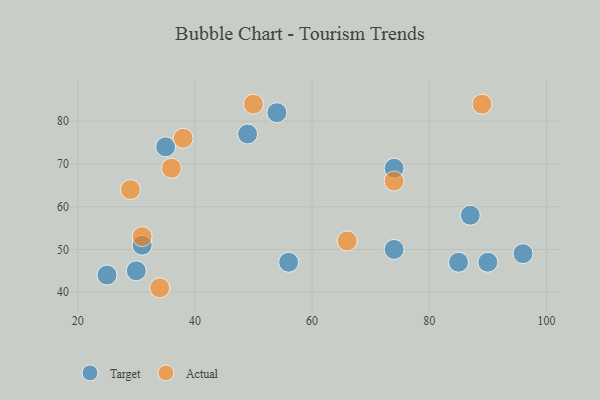
{"axis": {"x": "GDP", "y": "Life Expectancy"}, "legend": ["Actual", "Target"], "data": [{"x": "54", "y": 82, "type": "Target"}, {"x": "25", "y": 44, "type": "Target"}, {"x": "74", "y": 69, "type": "Target"}, {"x": "30", "y": 45, "type": "Target"}, {"x": "74", "y": 50, "type": "Target"}, {"x": "96", "y": 49, "type": "Target"}, {"x": "90", "y": 47, "type": "Target"}, {"x": "31", "y": 51, "type": "Target"}, {"x": "87", "y": 58, "type": "Target"}, {"x": "35", "y": 74, "type": "Target"}, {"x": "49", "y": 77, "type": "Target"}, {"x": "85", "y": 47, "type": "Target"}, {"x": "56", "y": 47, "type": "Target"}, {"x": "31", "y": 53, "type": "Actual"}, {"x": "29", "y": 64, "type": "Actual"}, {"x": "34", "y": 41, "type": "Actual"}, {"x": "50", "y": 84, "type": "Actual"}, {"x": "38", "y": 76, "type": "Actual"}, {"x": "36", "y": 69, "type": "Actual"}, {"x": "89", "y": 84, "type": "Actual"}, {"x": "74", "y": 66, "type": "Actual"}, {"x": "66", "y": 52, "type": "Actual"}]}